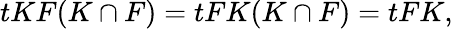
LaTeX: \begin{array}{r}{tKF(K\cap F)=tFK(K\cap F)=tFK,}\end{array}